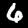
Label: 6